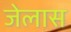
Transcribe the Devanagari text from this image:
जेलास